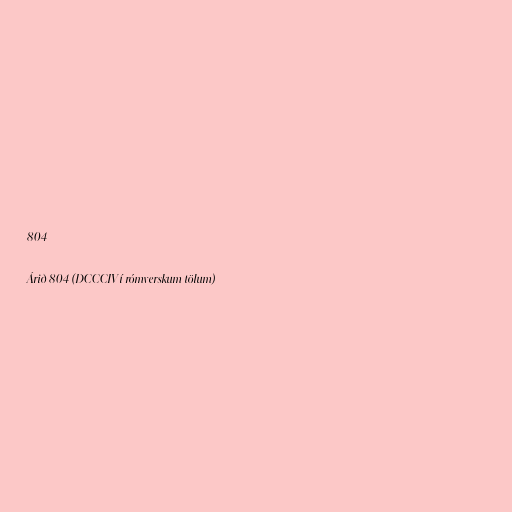
804

Árið 804 (DCCCIV í rómverskum tölum)